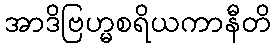
အာဒိဗြဟ္မစရိယကာနီတိ